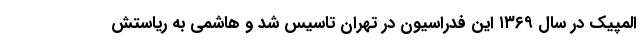
المپیک در سال ۱۳۶۹ این فدراسیون در تهران تاسیس شد و هاشمی به ریاستش